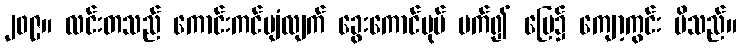
၂၀၉။ လင်းတသည် ကောင်းကင်ပျံလျက် ခွေးကောင်ပုပ် မက်၍ မြေ၌ ကျော့ကွင်း မိသည်။